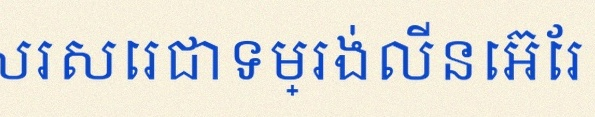
សរសេរជាទម្រង់លីនេអ៊ែរ